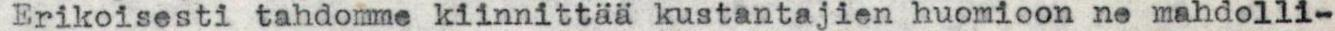
Erikoisesti tahdomme kiinnittää kustantajien huomioon ne mahdolli-